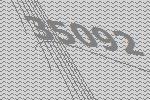
35092